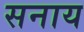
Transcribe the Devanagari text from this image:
सनाय